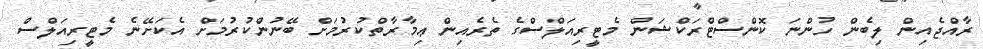
ރާއްޖެއިން ލިބެން ހުންނަ ކޮންސްޓްރަކްޝަން މެޓީރިއަލްސްގެ ތެރެއިން ޢިމާރާތްކުރުމަށް ބޭނުންކުރުމަށް އެކަށޭނެ މެޓީރިއަލްސް